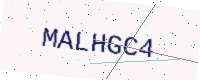
Text: MALHGC4